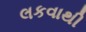
લકવાથી